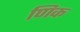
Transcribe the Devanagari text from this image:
णिक